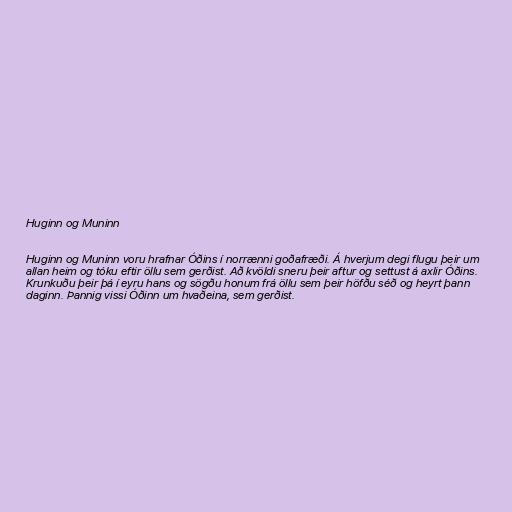
Huginn og Muninn

Huginn og Muninn voru hrafnar Óðins í norrænni goðafræði. Á hverjum degi flugu þeir um
allan heim og tóku eftir öllu sem gerðist. Að kvöldi sneru þeir aftur og settust á axlir Óðins.
Krunkuðu þeir þá í eyru hans og sögðu honum frá öllu sem þeir höfðu séð og heyrt þann
daginn. Þannig vissi Óðinn um hvaðeina, sem gerðist.